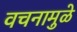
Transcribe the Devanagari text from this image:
वचनामुळे